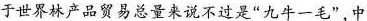
于世界林产品贸易总量来说不过是”九牛一毛”，中